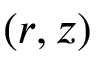
( r , z )